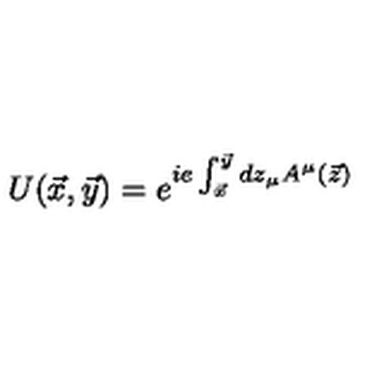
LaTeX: U ( \vec { x } , \vec { y } ) = e ^ { i e \int _ { \vec { x } } ^ { \vec { y } } d z _ { \mu } A ^ { \mu } ( \vec { z } ) }